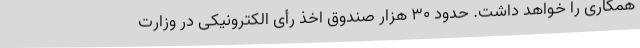
همکاری را خواهد داشت. حدود ۳۰ هزار صندوق اخذ رأی الکترونیکی در وزارت